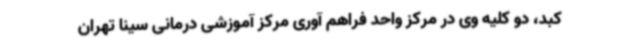
کبد، دو کلیه وی در مرکز واحد فراهم آوری مرکز آموزشی درمانی سینا تهران